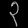
Digit: ၃